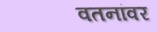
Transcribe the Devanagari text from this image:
वतनांवर